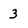
Character: 3